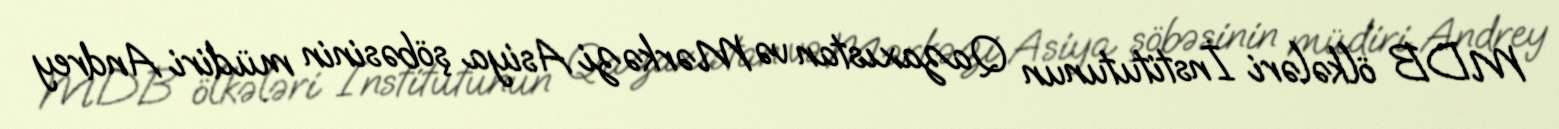
MDB ölkələri İnstitutunun Qazaxıstan və Mərkəzi Asiya şöbəsinin müdiri Andrey